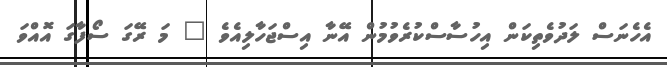
އެހެނަސް ލަދުވެތިކަން އިހުސާސްކުރެވުމުން އޭނާ އިސްޖަހާލިއެވެ " މަ ރޭގަ ސޯފާގަ އޮއްވަ